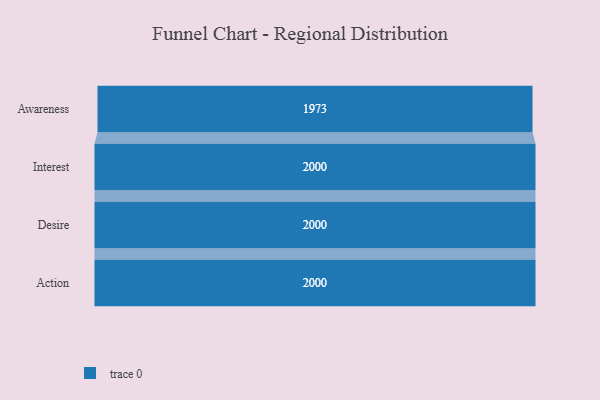
{"axis": {"x": "Stage", "y": "Value"}, "legend": [""], "data": [{"x": "Awareness", "y": 1973.0, "type": ""}, {"x": "Interest", "y": 2000, "type": ""}, {"x": "Desire", "y": 2000, "type": ""}, {"x": "Action", "y": 2000, "type": ""}]}